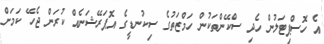
އެ ހޮސްޕިޓަލުން ހެދި ސްކޭންތަކުން ހަމްޒަތުގެ ސިކުނޑީގެ އޮޕަރޭޝަނެއް ކުރަން ޖެހޭ ކަމަށް